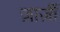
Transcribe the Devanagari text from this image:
ज़ार्ज़ी